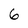
Character: 6